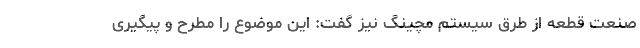
صنعت قطعه از طرق سیستم مچینگ نیز گفت: این موضوع را مطرح و پیگیری